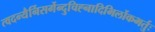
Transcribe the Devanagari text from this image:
त्वदन्यैर्निसर्गेन्दुचिह्नादिभिर्लोकभर्तुः